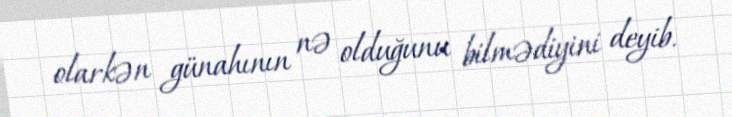
olarkən günahının nə olduğunu bilmədiyini deyib.